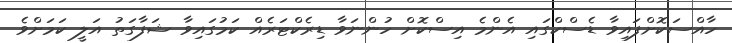
ހާއްސަކޮށްފައިވާ ޑެސްކްގައި އެންމެ އިސްކޮށް ހުންނަވާ ޑިރެކްޓަރެއް ކަމުގައިވާ ޝަފާގަތު އަލީ ކަމަށްވެ